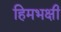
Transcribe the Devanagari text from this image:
हिमभक्षी